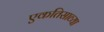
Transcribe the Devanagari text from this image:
एकतिसाव्या